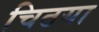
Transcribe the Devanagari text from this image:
चिठया